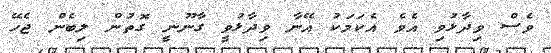
ވެސް ވިދާޅުވި އެވެ އެކަމަކު އޭނާ ވިދާޅުވީ ގާނޫނީ ގޮތުން ލިބެން ޖެހޭ